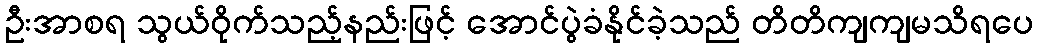
ဦးအာစရ သွယ်ဝိုက်သည့်နည်းဖြင့် အောင်ပွဲခံနိုင်ခဲ့သည် တိတိကျကျမသိရပေ